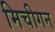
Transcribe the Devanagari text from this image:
मिचीगन